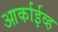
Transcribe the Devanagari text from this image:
आर्काईव्ह